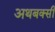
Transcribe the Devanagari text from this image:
अथबक्सी